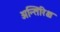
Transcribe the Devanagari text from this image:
अन्तिरिक्ष